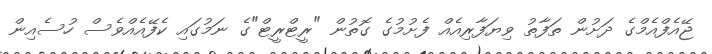
ޖޭއެފްއެމްގެ ދަށުން ތަފާތު ވިޔަފާރިއެއް ފެށުމުގެ ގޮތުން "ރީޓްރީޓް"ގެ ނަމުގައި ކެފޭއެއްވެސް ހުސެއިން